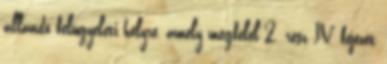
állandó felügyeleti helyre, amely megfelel 2. rész IV. fejezet